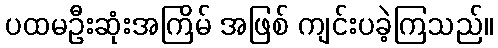
ပထမဦးဆုံးအကြိမ် အဖြစ် ကျင်းပခဲ့ကြသည်။